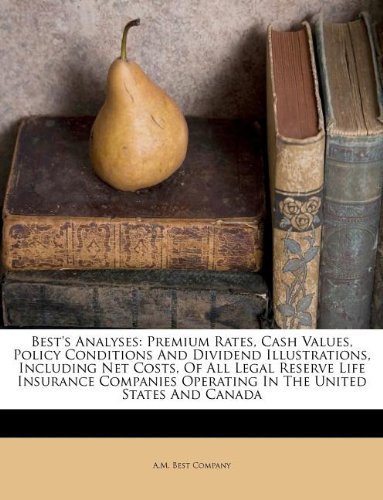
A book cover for Best's Analyses: Premium Rates, Cash Values, Policy Conditions And Dividend Illustrations, Including Net Costs, Of All Legal Reserve Life Insurance ... United States And Canada (Afrikaans Edition); A.M. Best Company; Business & Money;